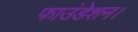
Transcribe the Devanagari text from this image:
फाउंडेशन।